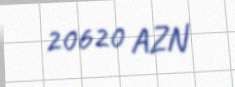
20620 AZN